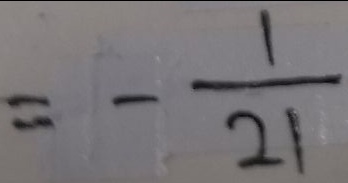
= - \frac { 1 } { 2 1 }